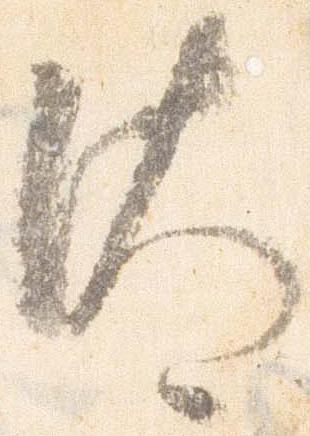
汰